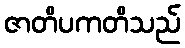
ဇာတိပကတိသည်